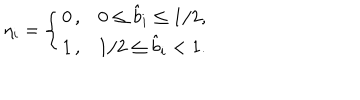
\eta _ { i } = \left\{ \begin{array} { c c } { { 0 \, , } } & { { \hspace { 1 c m } 0 \leq \hat { b } _ { i } \leq 1 / 2 , } } \\ { { 1 \, , } } & { { \hspace { 1 c m } 1 / 2 \leq \hat { b } _ { i } < 1 . } } \\ \end{array} \right.